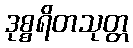
ဒုစ္စရိတသုတ္တ